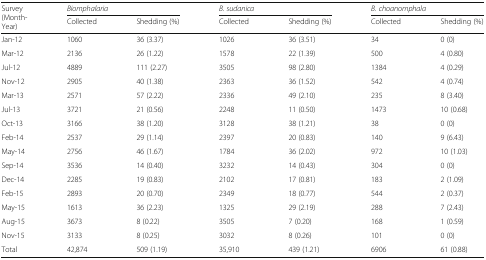
<table><thead><tr><td rowspan="2"><b>Survey (Month-Year)</b></td><td colspan="2"><b><i>Biomphalaria</i></b></td><td colspan="2"><b><i>B. sudanica</i></b></td><td colspan="2"><b><i>B. choanomphala</i></b></td></tr><tr><td><b>Collected</b></td><td><b>Shedding (%)</b></td><td><b>Collected</b></td><td><b>Shedding (%)</b></td><td><b>Collected</b></td><td><b>Shedding (%)</b></td></tr></thead><tbody><tr><td>Jan-12</td><td>1060</td><td>36 (3.37)</td><td>1026</td><td>36 (3.51)</td><td>34</td><td>0 (0)</td></tr><tr><td>Mar-12</td><td>2136</td><td>26 (1.22)</td><td>1578</td><td>22 (1.39)</td><td>500</td><td>4 (0.80)</td></tr><tr><td>Jul-12</td><td>4889</td><td>111 (2.27)</td><td>3505</td><td>98 (2.80)</td><td>1384</td><td>4 (0.29)</td></tr><tr><td>Nov-12</td><td>2905</td><td>40 (1.38)</td><td>2363</td><td>36 (1.52)</td><td>542</td><td>4 (0.74)</td></tr><tr><td>Mar-13</td><td>2571</td><td>57 (2.22)</td><td>2336</td><td>49 (2.10)</td><td>235</td><td>8 (3.40)</td></tr><tr><td>Jul-13</td><td>3721</td><td>21 (0.56)</td><td>2248</td><td>11 (0.50)</td><td>1473</td><td>10 (0.68)</td></tr><tr><td>Oct-13</td><td>3166</td><td>38 (1.20)</td><td>3128</td><td>38 (1.21)</td><td>38</td><td>0 (0)</td></tr><tr><td>Feb-14</td><td>2537</td><td>29 (1.14)</td><td>2397</td><td>20 (0.83)</td><td>140</td><td>9 (6.43)</td></tr><tr><td>May-14</td><td>2756</td><td>46 (1.67)</td><td>1784</td><td>36 (2.02)</td><td>972</td><td>10 (1.03)</td></tr><tr><td>Sep-14</td><td>3536</td><td>14 (0.40)</td><td>3232</td><td>14 (0.43)</td><td>304</td><td>0 (0)</td></tr><tr><td>Dec-14</td><td>2285</td><td>19 (0.83)</td><td>2102</td><td>17 (0.81)</td><td>183</td><td>2 (1.09)</td></tr><tr><td>Feb-15</td><td>2893</td><td>20 (0.70)</td><td>2349</td><td>18 (0.77)</td><td>544</td><td>2 (0.37)</td></tr><tr><td>May-15</td><td>1613</td><td>36 (2.23)</td><td>1325</td><td>29 (2.19)</td><td>288</td><td>7 (2.43)</td></tr><tr><td>Aug-15</td><td>3673</td><td>8 (0.22)</td><td>3505</td><td>7 (0.20)</td><td>168</td><td>1 (0.59)</td></tr><tr><td>Nov-15</td><td>3133</td><td>8 (0.25)</td><td>3032</td><td>8 (0.26)</td><td>101</td><td>0 (0)</td></tr><tr><td>Total</td><td>42,874</td><td>509 (1.19)</td><td>35,910</td><td>439 (1.21)</td><td>6906</td><td>61 (0.88)</td></tr></tbody></table>